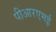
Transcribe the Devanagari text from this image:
पीआरएमई